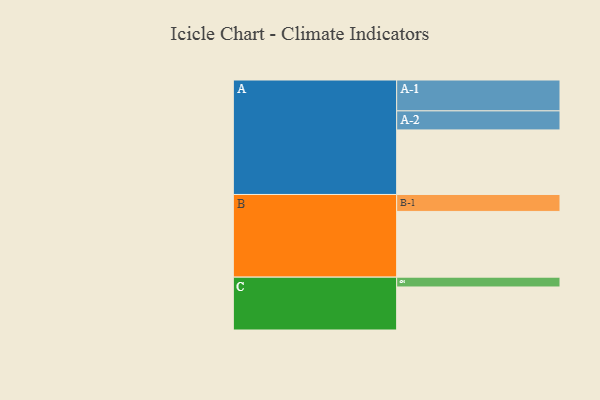
{"axis": {"x": "Segment", "y": "Value"}, "legend": ["", "A", "B", "C"], "data": [{"x": "A", "y": 552, "type": ""}, {"x": "B", "y": 562, "type": ""}, {"x": "C", "y": 368, "type": ""}, {"x": "A-1", "y": 264, "type": "A"}, {"x": "A-2", "y": 163, "type": "A"}, {"x": "B-1", "y": 145, "type": "B"}, {"x": "C-1", "y": 84, "type": "C"}]}